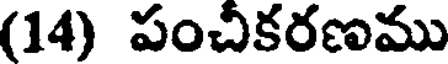
(14) పంచీకరణము